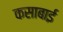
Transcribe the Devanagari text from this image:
कसाबाई